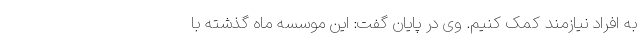
به افراد نیازمند کمک کنیم. وی در پایان گفت: این موسسه ماه گذشته با